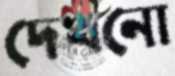
দেখনো